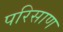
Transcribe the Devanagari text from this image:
परिसाण